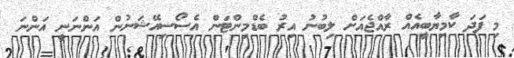
މި ފަދަ ކާމިޔާބީއެއް ރާއްޖެއަށް ލިބުނު އިރު ބެޑްމިންޓަން އެސޯސިއޭޝަނުން އަންނަނީ އަންނަ